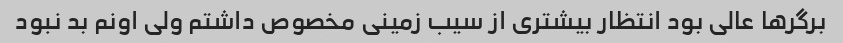
برگر‌ها عالی بود انتظار بیشتری از سیب زمینی مخصوص داشتم ولی اونم‌ بد نبود